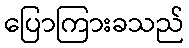
ပြောကြားခသည်